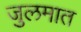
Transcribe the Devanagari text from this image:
जुलमात